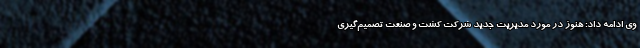
وی ادامه داد: هنوز در مورد مدیریت جدید شرکت کشت و صنعت تصمیم‌گیری